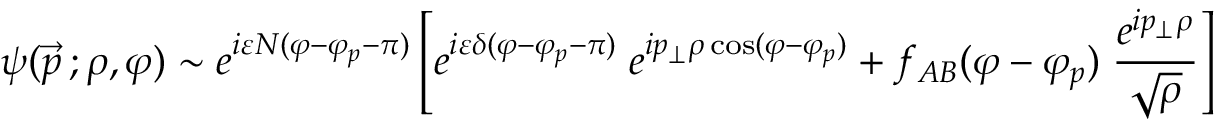
\psi ( \vec { p } \, ; \rho , \varphi ) \sim e ^ { i \varepsilon N ( \varphi - \varphi _ { p } - \pi ) } \left[ e ^ { i \varepsilon \delta ( \varphi - \varphi _ { p } - \pi ) } \; e ^ { i p _ { \perp } \rho \cos ( \varphi - \varphi _ { p } ) } + f _ { A B } ( \varphi - \varphi _ { p } ) \; { \frac { e ^ { i p _ { \perp } \rho } } { \sqrt { \rho } } } \right]